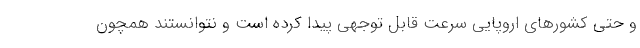
و حتی کشورهای اروپایی سرعت قابل توجهی پیدا کرده است و نتوانستند همچون